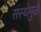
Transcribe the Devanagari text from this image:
संस्थेमुळे